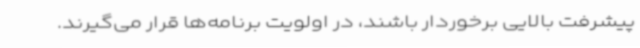
پیشرفت بالایی برخوردار باشند، در اولویت برنامه‌ها قرار می‌گیرند.